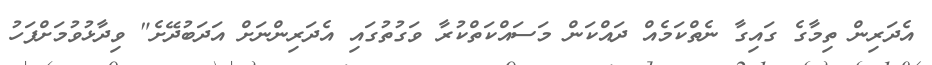
އެދަރިން ތިމާގެ ގައިގާ ނެތްކަމެއް ދައްކަން މަސައްކަތްކުރާ ވަގުތުގައި އެދަރިންނަށް އަދަބުދޭށެ" ވިދާޅުވުމަށްފަހު